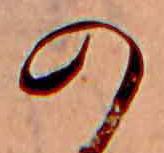
の